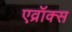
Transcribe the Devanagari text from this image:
एव्रॉक्स